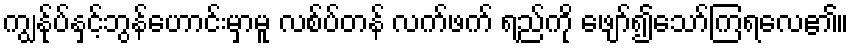
ကျွန်ုပ်နှင့်ဘွန်ဟောင်းမှာမူ လစ်ပ်တန် လက်ဖက် ရည်ကို ဖျော်၍သော်ကြရလေ၏။